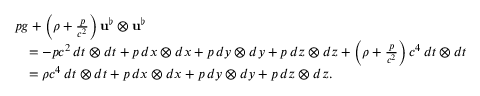
\begin{array} { r l } & { p g + \left( \rho + \frac { p } { c ^ { 2 } } \right) \mathbf { u } ^ { \flat } \otimes \mathbf { u } ^ { \flat } } \\ & { \quad = - p c ^ { 2 } \, d t \otimes d t + p \, d x \otimes d x + p \, d y \otimes d y + p \, d z \otimes d z + \left( \rho + \frac { p } { c ^ { 2 } } \right) c ^ { 4 } \, d t \otimes d t } \\ & { \quad = \rho c ^ { 4 } \, d t \otimes d t + p \, d x \otimes d x + p \, d y \otimes d y + p \, d z \otimes d z . } \end{array}